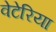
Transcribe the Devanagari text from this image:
वेटेरिया